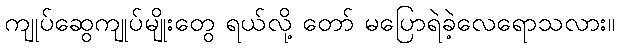
ကျုပ်ဆွေကျုပ်မျိုးတွေ ရယ်လို့ တော် မပြောရဲခဲ့လေရောသလား။